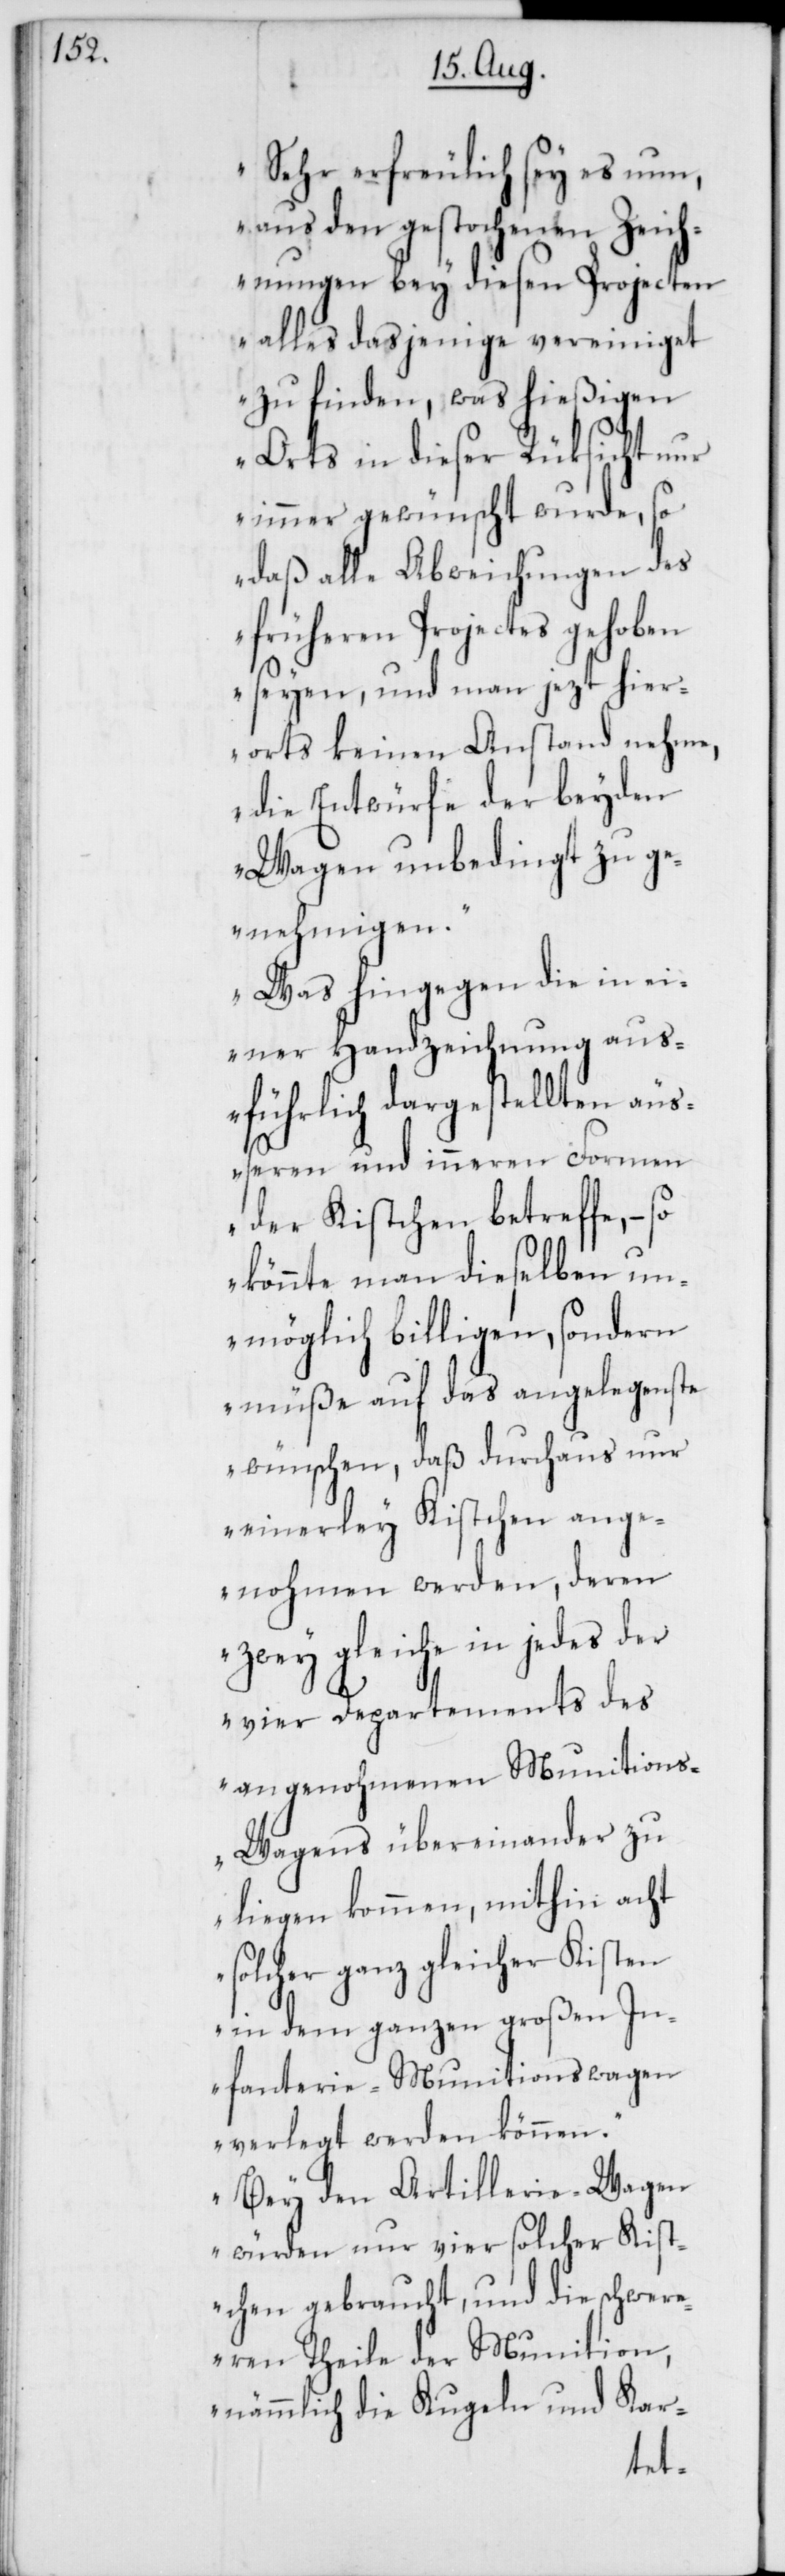
Sehr erfreulich sey es nun,
aus den gesprochenen Zeich¬
nungen bey diesen Projecten
alles dasjenige vereiniget
zu finden, was hießigen
Orts in dieser Rüksicht nur
immer gewünscht wurde, so
daß alle Abweichungen des
früheren Projectes gehoben
seyen, und man jezt hier¬
orts keinen Anstand nehme,
die Entwürfe der beyden
Wagen unbedingt zu ge¬
nehmigen.
Was hingegen die in ei¬
ner Handzeichnung aus¬
führlich dargestellten äuß¬
eren und inneren Formen
der Kistchen betreffe, –
könnte man dieselben un¬
möglich billigen, sondern
müße auf das angelegenste
wünschen, daß durchaus nur
einerley Kistchen ange¬
nohmen werden, deren
zwey gleiche in jedes der
vier Departements des
angenohmenen Munitions¬
wagens übereinander zu
liegen kommen, mithin acht
solcher ganz gleicher Kisten
in dem ganzen großen In¬
fanterie-Munitionswagen
verlegt werden können.
Bey den Artillerie-Wagen
würden nur vier solcher Kist¬
chen gebraucht, und die schwere¬
ren Theile der Munition,
nämmlich die Kugeln und Kar-